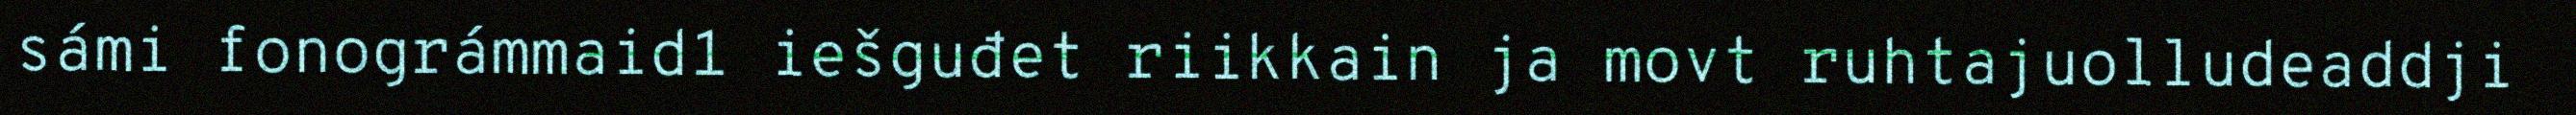
sámi fonográmmaid1 iešguđet riikkain ja movt ruhtajuolludeaddji